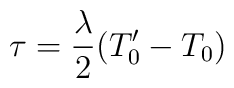
\tau=\frac{\lambda }{2}(T'_0-T_0)